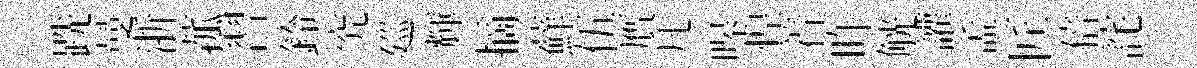
跣曼浙菰習鈴究廵輝摘蘚伍贋凡嗥惶着旿觥讙孟匠倍詫